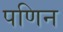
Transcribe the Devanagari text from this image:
पणिन